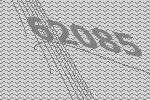
62085